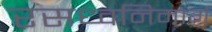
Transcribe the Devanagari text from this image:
रसध्वनिमार्ग